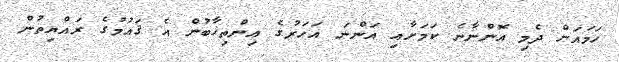
ހަމައަށް ދެމި އޮންނާނެ ކަމަށާއި އަންނަ އަހަރުގެ އިންތިޚާބުން އެ ޤައުމުގެ ރައްޔިތުން